Document type: Sale
Year: 1354
Scribe: Bernat de Torre
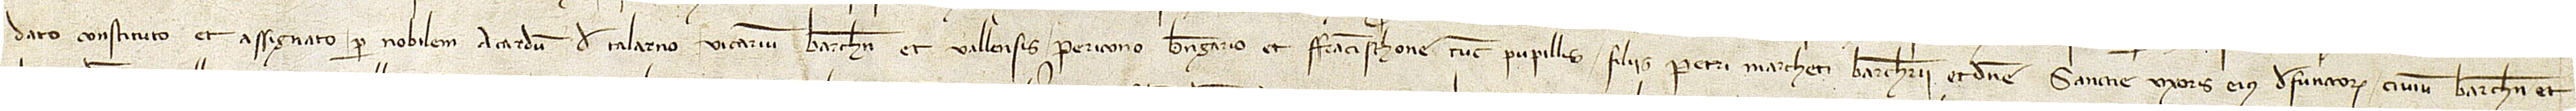
dato, constituto et assignato per nobilem Acardum de Talarno, vicarium Barchinone et Vallensis, Pericono, Berengario et Francischone, tunc pupillis, filiis Petri Marcheti, barcherii, et domine Sancie, uxoris eius, defunctorum, civium Barchinone, et